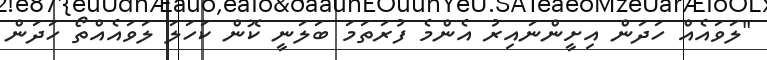
"ލަވައެއް ހަދަން އިށީންނައިރު އެންމެ ފުރަތަމަ ބަލަނީ ކޮން ކަހަލަ ލަވައެއްތޯ ހަދަން